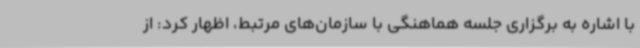
با اشاره به برگزاری جلسه هماهنگی با سازمان‌های مرتبط، اظهار کرد: از